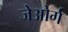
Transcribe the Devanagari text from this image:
जेओर्ग